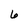
Character: 6